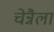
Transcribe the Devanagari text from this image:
चेन्नैला